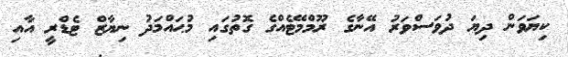
ކިޔަވަން ދިޔަ ދުވަސްވަރު އޭނާގެ ރޫމްމޭޓެއްގެ ގޮތުގައި މުޙައްމަދު ނިޔާޒް ޓެޑްރީ އާއި